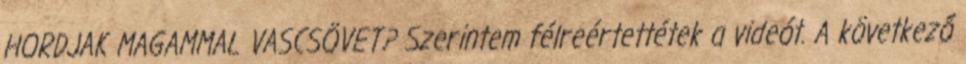
HORDJAK MAGAMMAL VASCSÖVET? Szerintem félreértettétek a videót. A következő